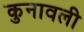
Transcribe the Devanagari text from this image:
कुनावली